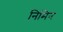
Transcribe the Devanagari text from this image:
निमिन